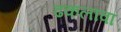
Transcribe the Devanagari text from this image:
ढकलावा